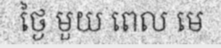
ថ្ងៃ មួយ ពេល មេ